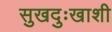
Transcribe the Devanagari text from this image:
सुखदुःखाशी